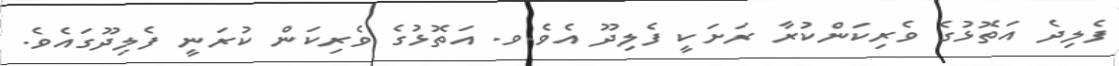
ފެލިދެ އަތޮޅުގެ ވެރިކަންކުރާ ރަށަކީ ފެލިދޫ އެވެ.ވ. އަތޮޅުގެ ވެރިކަން ކުރަނީ ފެލިދޫގައެވެ.